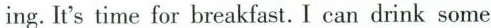
ing. It's time for breakfast. I can drink some